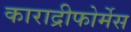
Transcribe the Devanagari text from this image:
काराद्रीफोर्मेस